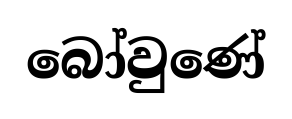
බෝවුණේ